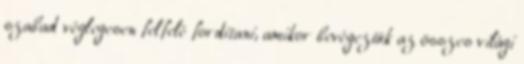
szabad véglegesen felfelé fordítani, amikor bevégeztük az összes világi